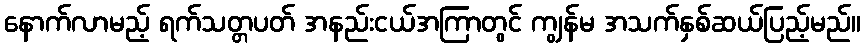
နောက်လာမည့် ရက်သတ္တပတ် အနည်းငယ်အကြာတွင် ကျွန်မ အသက်နှစ်ဆယ်ပြည့်မည်။